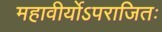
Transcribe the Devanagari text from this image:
महावीर्योऽपराजितः